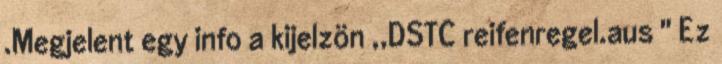
.Megjelent egy info a kijelzön ,,DSTC reifenregel.aus " Ez